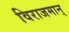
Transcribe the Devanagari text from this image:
विराजमान्